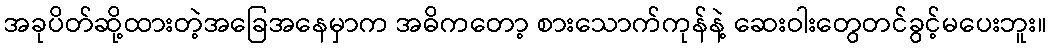
အခုပိတ်ဆို့ထားတဲ့အခြေအနေမှာက အဓိကတော့ စားသောက်ကုန်နဲ့ ဆေးဝါးတွေတင်ခွင့်မပေးဘူး။